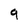
Character: 9